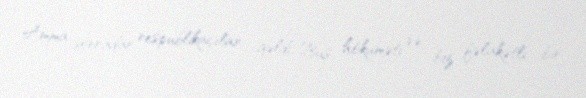
Amma sonradan respublikaçılar gəldi, Buş hökuməti və biz fəlakətli bir